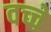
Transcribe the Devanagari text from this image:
वच्चे